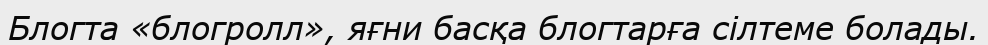
Блогта «блогролл», яғни басқа блогтарға сілтеме болады.